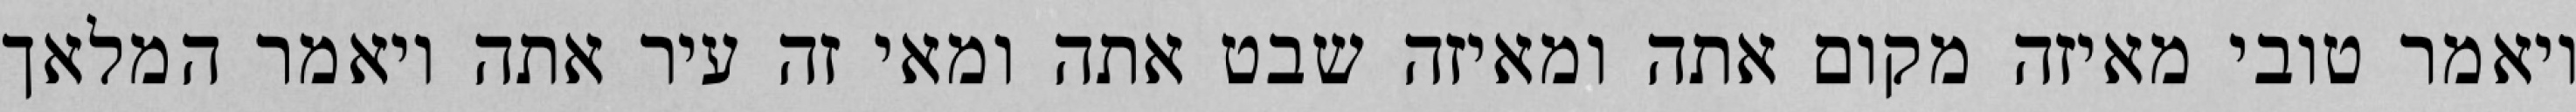
ויאמר טובי מאיזה מקום אתה ומאיזה שבט אתה ומאי זה עיר אתה ויאמר המלאך